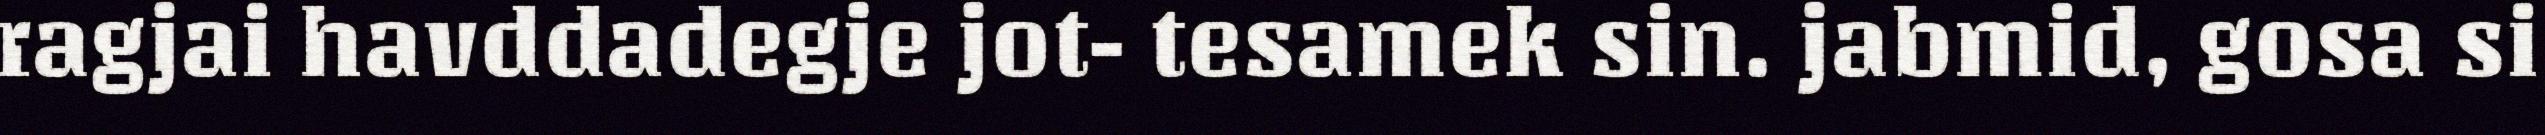
ragjai havddadegje jot- tesamek sin. jabmid, gosa si